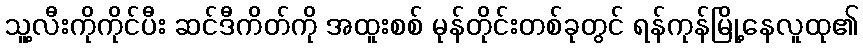
သူ့လီးကိုကိုင်ပီး ဆင်ဒီကိတ်ကို အထူးစစ် မုန်တိုင်းတစ်ခုတွင် ရန်ကုန်မြို့နေလူထု၏